Lunatic asylums Madras 1892-1911 - 1892-1911
Year: 1892
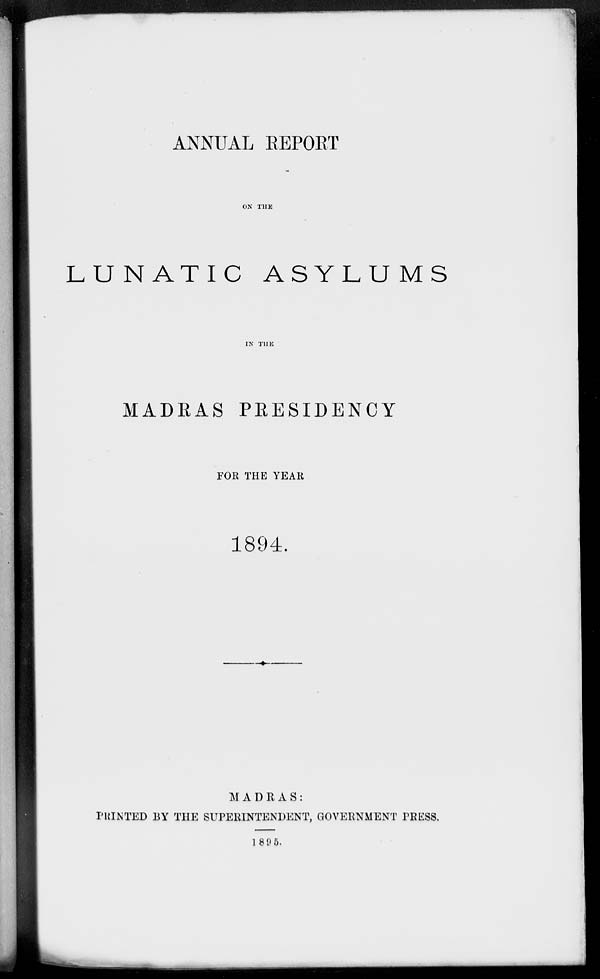
ANNUAL REPORT
ON THE
LUNATIC ASYLUMS
IN THE
MADRAS PRESIDENCY
FOR THE YEAR
1894.
MADRAS:
PRINTED BY THE SUPERINTENDENT, GOVERNMENT PRESS.
1895.